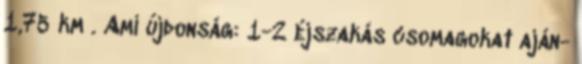
1,75 km . Ami újdonság: 1-2 éjszakás csomagokat aján-